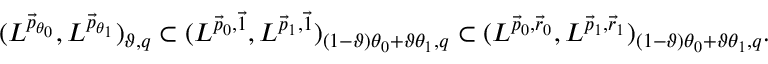
\begin{array} { r } { ( L ^ { \vec { p } _ { \theta _ { 0 } } } , L ^ { \vec { p } _ { \theta _ { 1 } } } ) _ { \vartheta , q } \subset ( L ^ { \vec { p } _ { 0 } , \vec { 1 } } , L ^ { \vec { p } _ { 1 } , \vec { 1 } } ) _ { ( 1 - \vartheta ) \theta _ { 0 } + \vartheta \theta _ { 1 } , q } \subset ( L ^ { \vec { p } _ { 0 } , \vec { r } _ { 0 } } , L ^ { \vec { p } _ { 1 } , \vec { r } _ { 1 } } ) _ { ( 1 - \vartheta ) \theta _ { 0 } + \vartheta \theta _ { 1 } , q } . } \end{array}